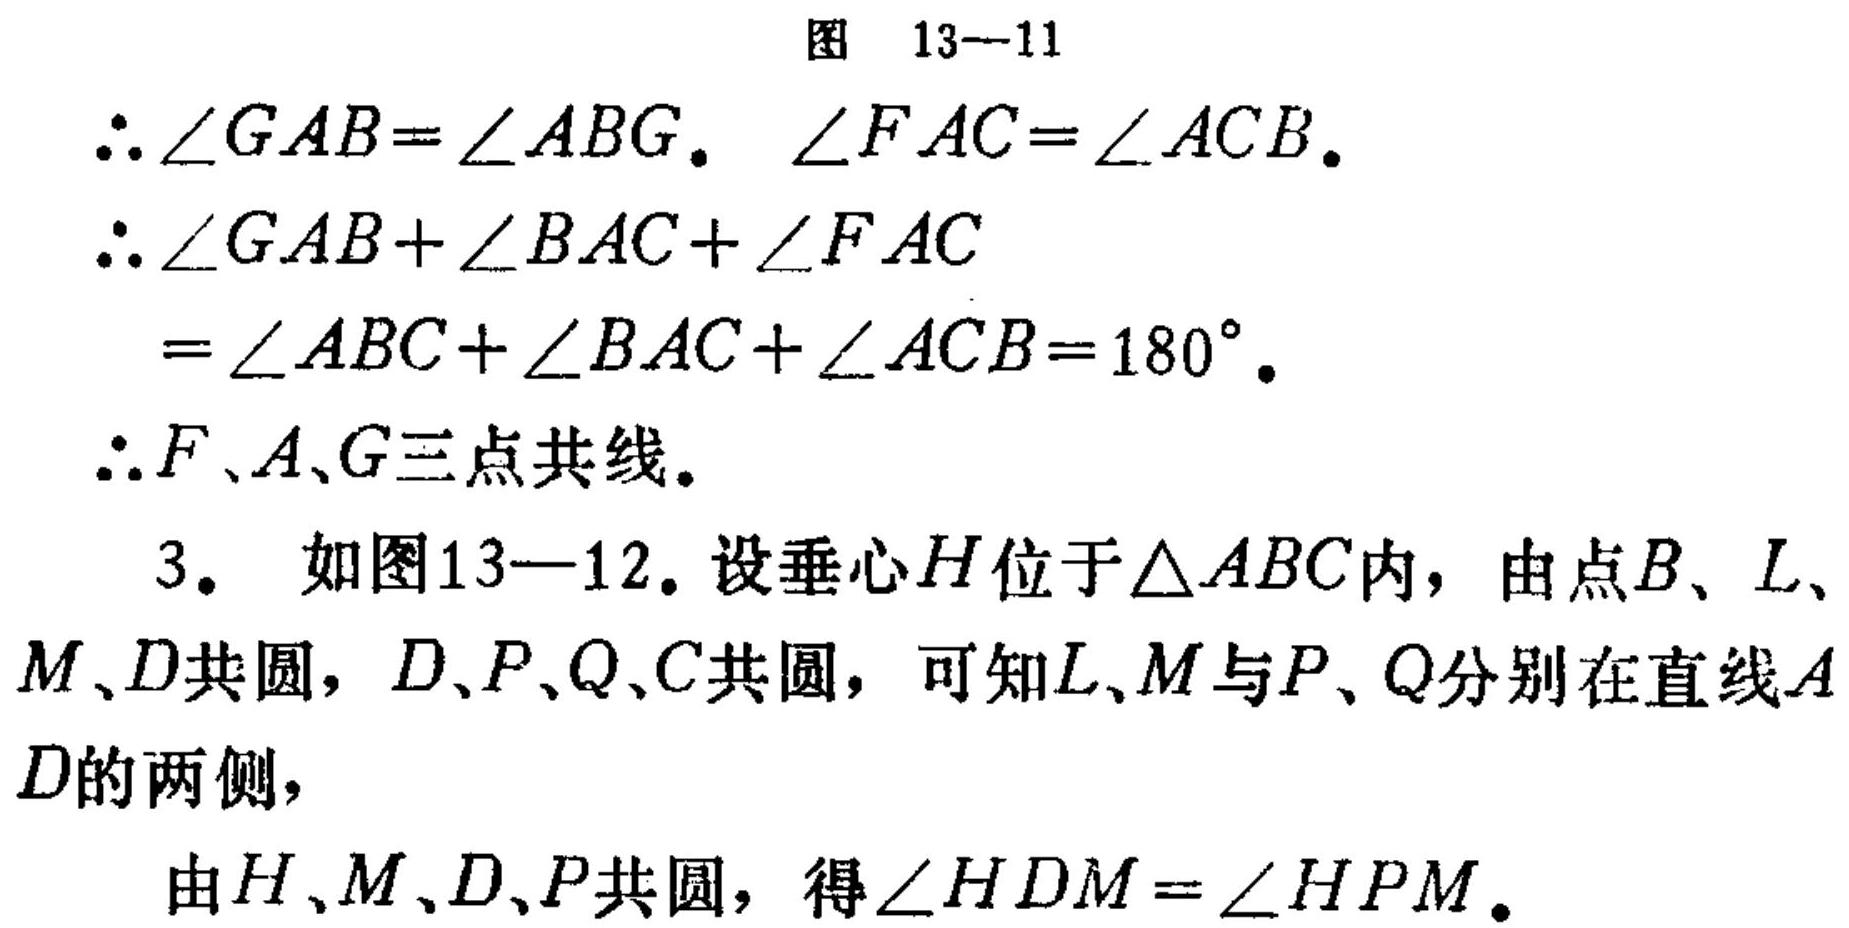
图 13—11
\(\therefore \angle GAB = \angle ABG\). \(\angle FAC=\angle ACB\).
\(\therefore \angle GAB+\angle BAC+\angle FAC\)
\(=\angle ABC+\angle BAC+\angle ACB = 180^{\circ}\).
\(\therefore F、A、G\)三点共线。
3. 如图13—12。设垂心\(H\)位于\(\triangle ABC\)内，由点\(B、L、M、D\)共圆，\(D、P、Q、C\)共圆，可知\(L、M\)与\(P、Q\)分别在直线\(AD\)的两侧，
由\(H、M、D、P\)共圆，得\(\angle HDM=\angle HPM\)。